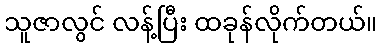
သူဇာလွင် လန့်ပြီး ထခုန်လိုက်တယ်။